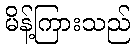
မိန့်ကြားသည်